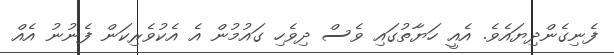
ފެނިގެންދިޔައެވެ. އެއީ ހަޔާތުގައި ވެސް ދިވެހި ގައުމުން އެ އެކުވެރިކަން ފެނުނު އެއް